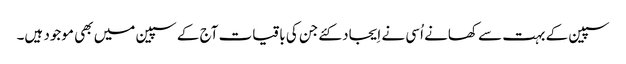
سپین کے بہت سے کھانے اُسی نے اِیجاد کئےجن کی باقیات آج کے سپین میں بھی موجود ہیں۔